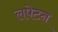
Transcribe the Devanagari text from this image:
लपेटन